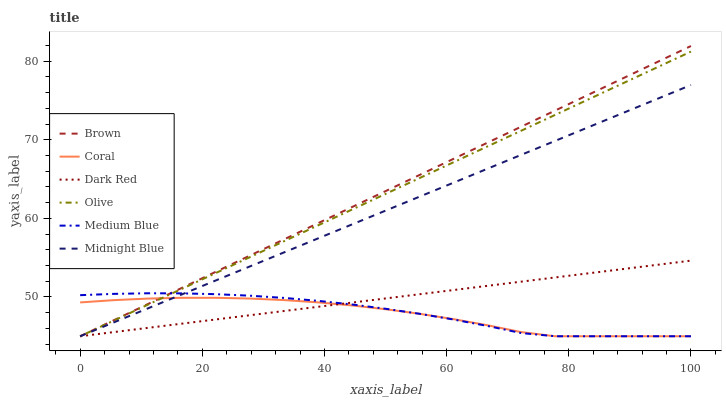
| xaxis_label | Brown | Coral | Dark Red | Olive | Medium Blue | Midnight Blue |
 | --- | --- | --- | --- | --- | --- | --- |
 | 0 | 45 | 49.3 | 45 | 45 | 50.2 | 45 |
 | 5.56 | 47.1 | 49.6 | 45.5 | 47 | 50.4 | 46.8 |
 | 11.1 | 49.1 | 49.8 | 46.1 | 49 | 50.5 | 48.6 |
 | 16.7 | 51.2 | 49.9 | 46.6 | 51 | 50.5 | 50.3 |
 | 22.2 | 53.2 | 49.9 | 47.1 | 53 | 50.4 | 52.1 |
 | 27.8 | 55.3 | 49.8 | 47.7 | 55.1 | 50.2 | 53.9 |
 | 33.3 | 57.3 | 49.6 | 48.2 | 57.1 | 49.9 | 55.7 |
 | 38.9 | 59.4 | 49.3 | 48.7 | 59.1 | 49.5 | 57.4 |
 | 44.4 | 61.4 | 48.9 | 49.3 | 61.1 | 49 | 59.2 |
 | 50 | 63.5 | 48.4 | 49.8 | 63.1 | 48.5 | 61 |
 | 55.6 | 65.5 | 47.9 | 50.3 | 65.1 | 47.9 | 62.8 |
 | 61.1 | 67.6 | 47.2 | 50.9 | 67.1 | 47.1 | 64.5 |
 | 66.7 | 69.6 | 46.4 | 51.4 | 69.1 | 46.3 | 66.3 |
 | 72.2 | 71.7 | 45.5 | 51.9 | 71.2 | 45.4 | 68.1 |
 | 77.8 | 73.7 | 45 | 52.5 | 73.2 | 45 | 69.9 |
 | 83.3 | 75.8 | 45 | 53 | 75.2 | 45 | 71.6 |
 | 88.9 | 77.8 | 45 | 53.6 | 77.2 | 45 | 73.4 |
 | 94.4 | 79.9 | 45 | 54.1 | 79.2 | 45 | 75.2 |
 | 100 | 81.9 | 45 | 54.6 | 81.2 | 45 | 77 |